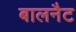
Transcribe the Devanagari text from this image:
बालनैट